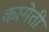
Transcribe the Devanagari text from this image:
कागेती